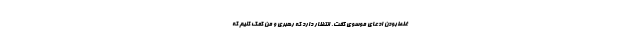
غلط‌بودن ادعاى موسوى ‌گفت. انتظار دارد كه رهبرى و من كمك كنیم‌ كه